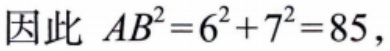
因此 \(AB^{2}=6^{2}+7^{2}=85\)，